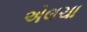
એલચા